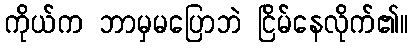
ကိုယ်က ဘာမှမပြောဘဲ ငြိမ်နေလိုက်၏။